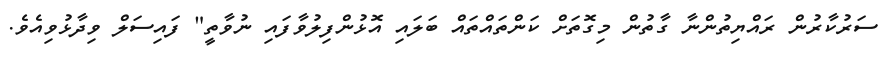
ސަރުކާރުން ރައްޔިތުންނާ ގާތުން މިގޮތަށް ކަންތައްތައް ބަލައި އޮޅުންފިލުވާފައި ނުވާތީ" ފައިސަލް ވިދާޅުވިއެވެ.